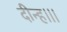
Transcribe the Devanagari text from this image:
दीन्‍ह।।।